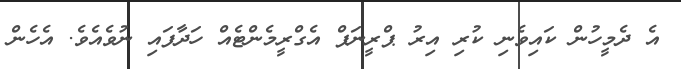
އެ ދެމީހުން ކައިވެނި ކުރި އިރު ޕްރީނަޕް އެގްރީމެންޓެއް ހަދާފައި ނުވެއެވެ. އެހެން